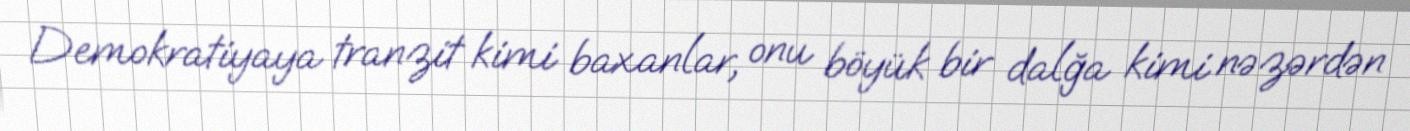
Demokratiyaya tranzit kimi baxanlar, onu böyük bir dalğa kimi nəzərdən